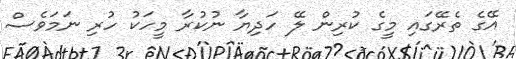
އޭގެ ތެރޭގައި މީގެ ކުރިން ލޭ ހަދިޔާ ނުކުރާ މީހަކު ހުރި ނަމަވެސް